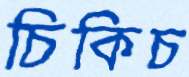
চিকিচ